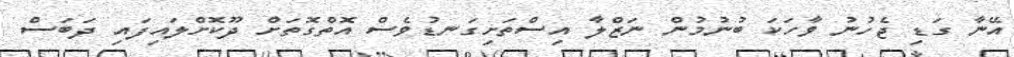
އޭނާ ގަޑި ޖެހުނު ވާހަކަ ބުނުމުން ނަޒްލާ އިސްތަށިގަނޑުވެސް އޮތްގޮތަށް ދޫކޮށްލައިފައި ދަބަސް